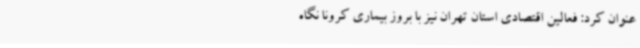
عنوان کرد: فعالین اقتصادی استان تهران نیز با بروز بیماری کرونا نگاه